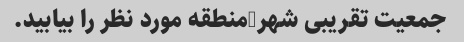
جمعیت تقریبی شهر/منطقه مورد نظر را بیابید.